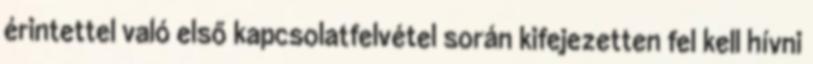
érintettel való első kapcsolatfelvétel során kifejezetten fel kell hívni